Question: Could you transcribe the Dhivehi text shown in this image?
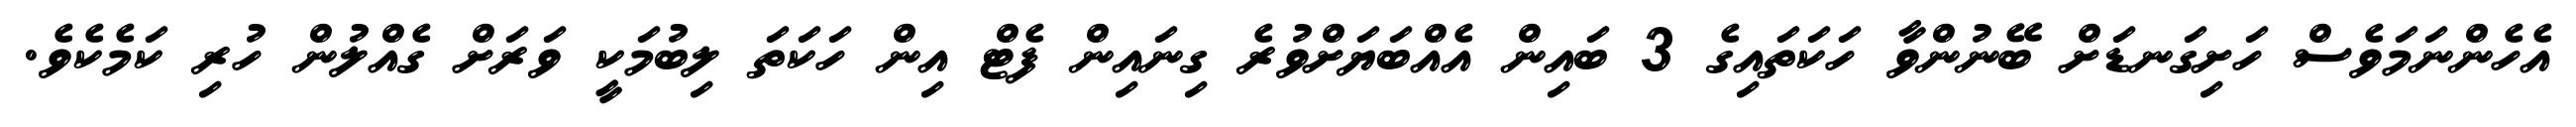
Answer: އެހެންނަމަވެސް ހަށިގަނޑަށް ބޭނުންވާ ހަކަތައިގެ 3 ބައިން އެއްބަޔަށްވުރެ ގިނައިން ފެޓް އިން ހަކަތަ ލިބުމަކީ ވަރަށް ގެއްލުން ހުރި ކަމެކެވެ.